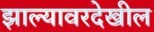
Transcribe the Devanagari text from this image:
झाल्यावरदेखील